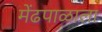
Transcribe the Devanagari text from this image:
मेंढपाळाला